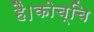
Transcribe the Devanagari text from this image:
है।कोच्चि